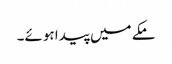
مکے میں پیدا ہوئے۔